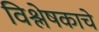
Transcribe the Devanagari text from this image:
विश्लेषकाचे